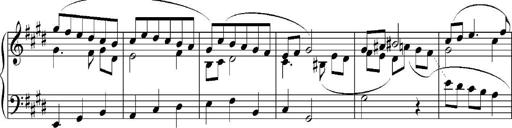
Title: Sonatina No.5
Composer: Otto Stoll
Key: F-sharp minor